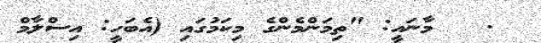
.   މާނައީ: "ތިމަންމެންގެ މިކަމުގައި (އެބަހީ: އިސްލާމް